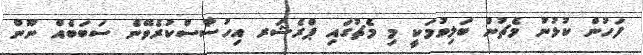
ފަހުން ކުޅުނު މެޗުން ބަލިވުމަކީ މި މެޗުގައި ޕްރެޝަރ އިހުސާސްކުރެވޭނެ ސަބަބެއް ނޫން